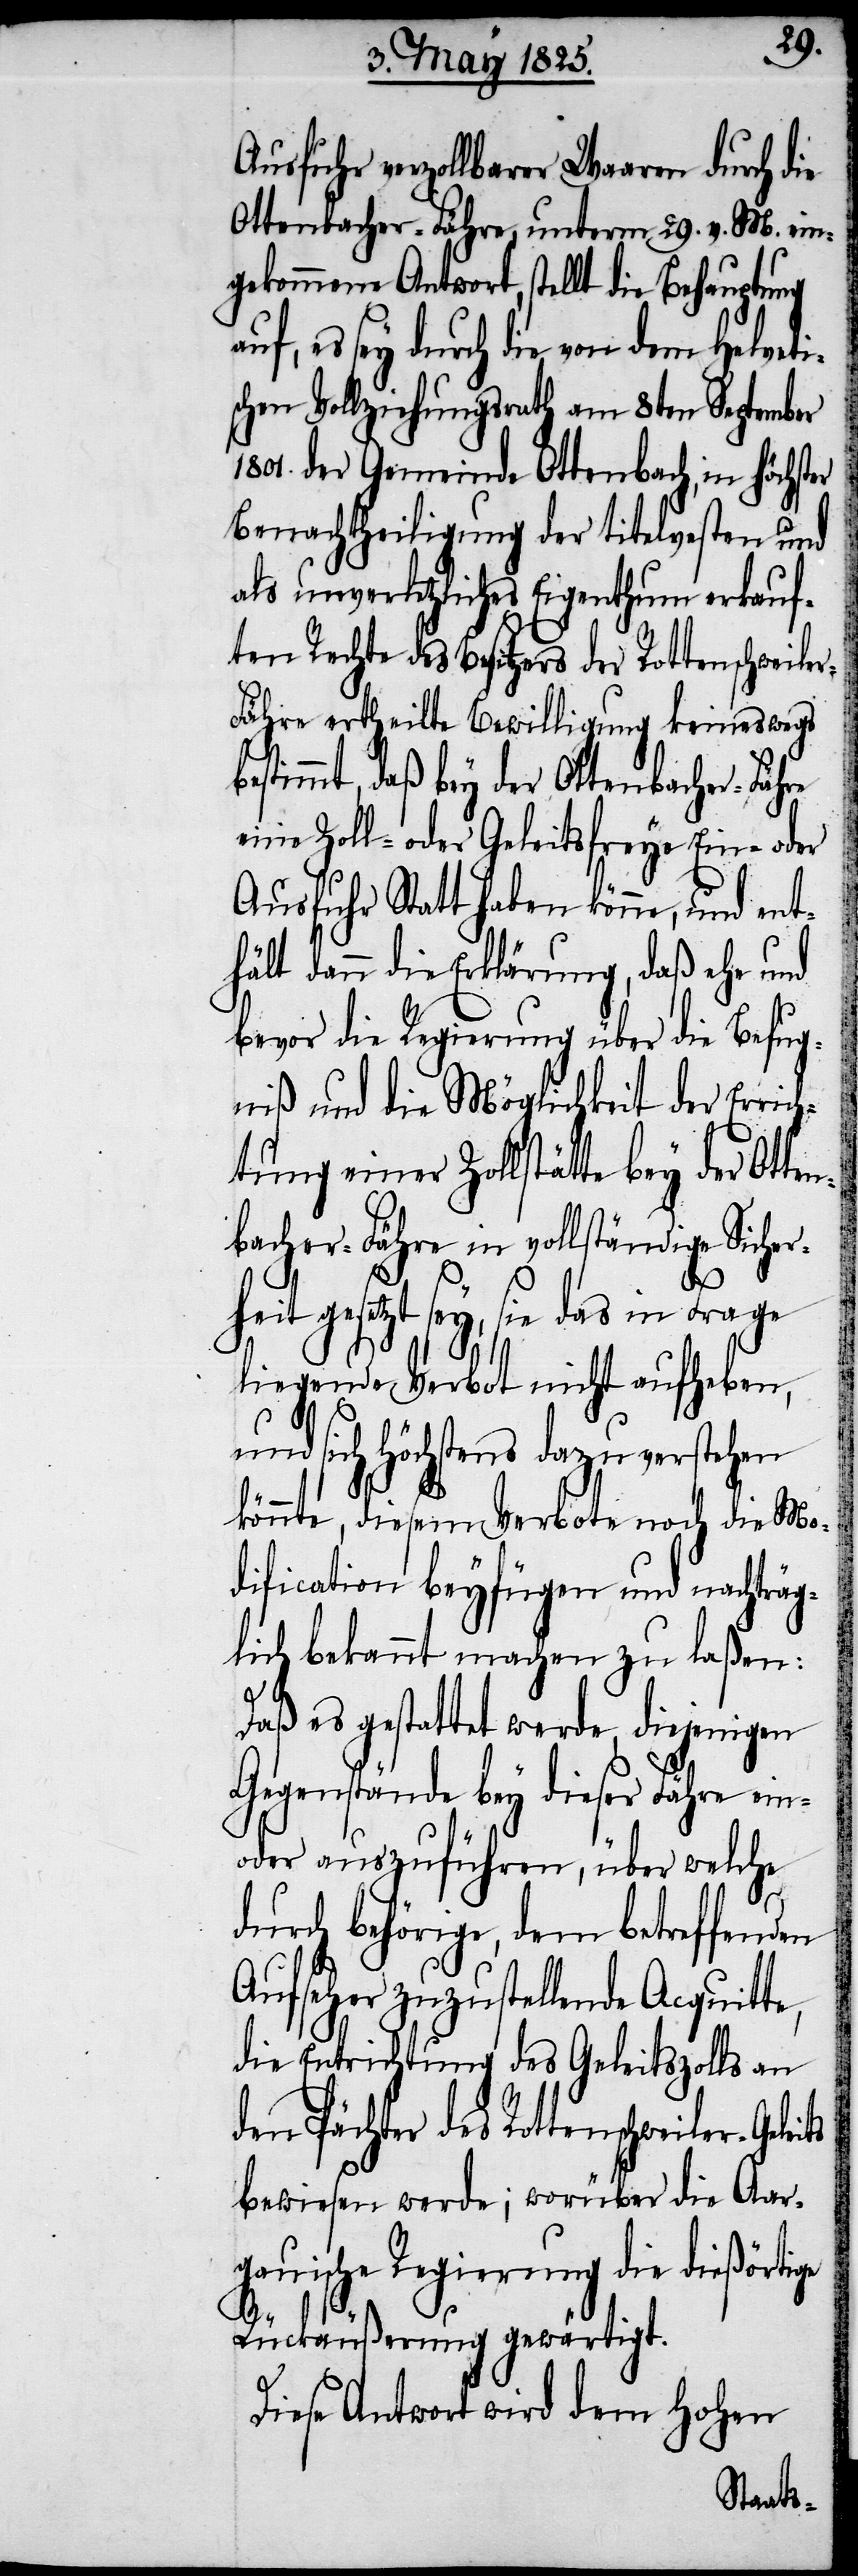
Ausfuhr verzollbarer Waaren durch die
Ottenbacher-Fähre, unterm 29. v. M. ein¬
gekommene Antwort, stellt die Behauptung
es sey durch die von dem Helvet¬
schen Vollziehungsrath am 8ten September
1801. der Gemeinde Ottenbach, in höchster
Benachtheiligung der titelvesten un¬
d unverletzliches Eigenthum erkauf¬
ten Rechte des Besitzers der Rottenschweile¬
r-Fähre ertheilte Bewilligung keineswegs
stimmt, daß bey der Ottenbacher-Fähre
eine Zoll- oder Geleitsfreye Ein- oder
Ausfuhr Statt haben könne, und ent¬
hält dann die Erklärung, daß ehe und
bevor die Regierung über die Befug¬
niß und die Möglichkeit der Errich¬
tung einer Zollstätte bey der
bacher-Fähre in vollständige Sicher¬
eit gesetzt sey, sie das in Frage
liegende Verbot nicht aufheben,
und sich höchstens dazu verstehen
könnte, diesem Verbote noch die Mo¬
dification beyfügen und nachträg¬
lich bekannt machen zu laßen:
Daß es gestattet werde, diejenigen
Gegenstände bey dieser Fähre ein-
oder auszuführen, über welche
durch behörige, dem betreffenden
Aufseher zuzustellende Acquitte,
die Entrichtung des Geleitzolls an
den Pächter des Rottenschweiler-Gele¬
bewiesen werde; worüber die Aar¬
gauische Regierung die dießörtige
its
Rückäußerung gewärtigt.
Diese Antwort wird dem Hohen
Otten¬